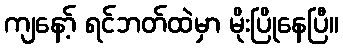
ကျနော့် ရင်ဘတ်ထဲမှာ မိုးပြိုနေပြီ။